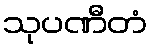
သုပဏီတံ